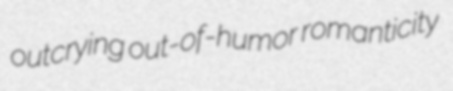
outcrying out-of-humor romanticity